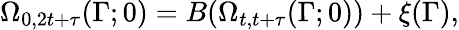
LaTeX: \Omega_{0,2t+\tau}(\Gamma;0)=B(\Omega_{t,t+\tau}(\Gamma;0))+\xi(\Gamma),